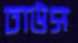
ঢাউস